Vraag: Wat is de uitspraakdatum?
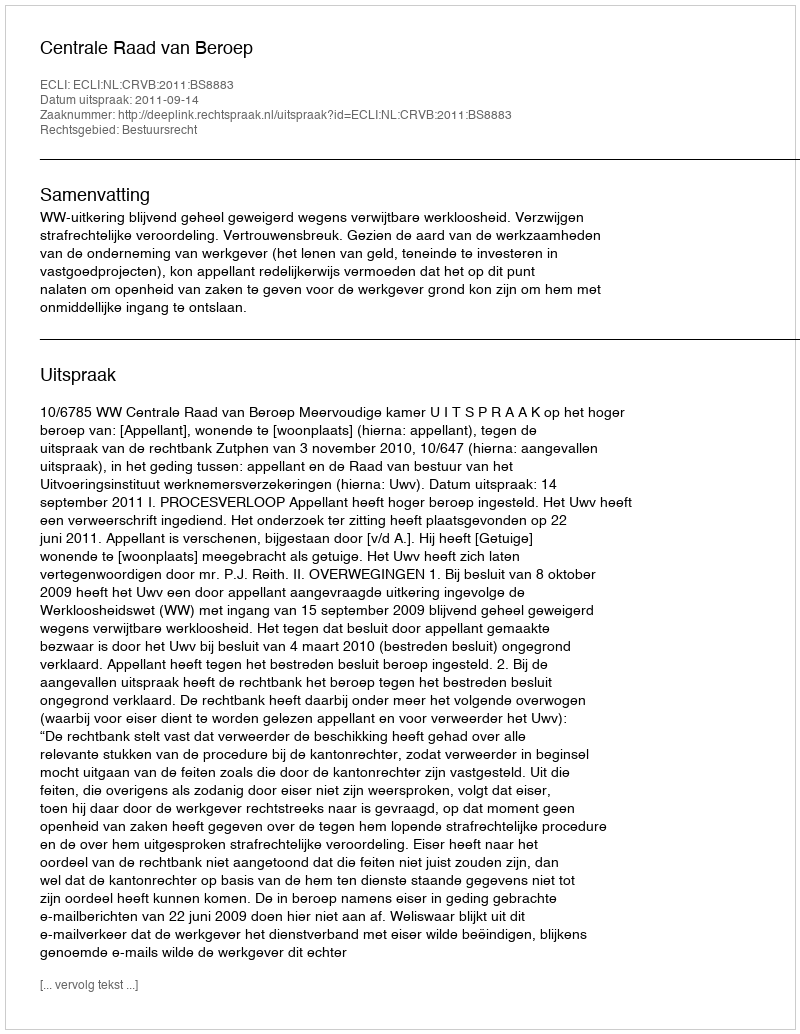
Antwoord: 2011-09-14